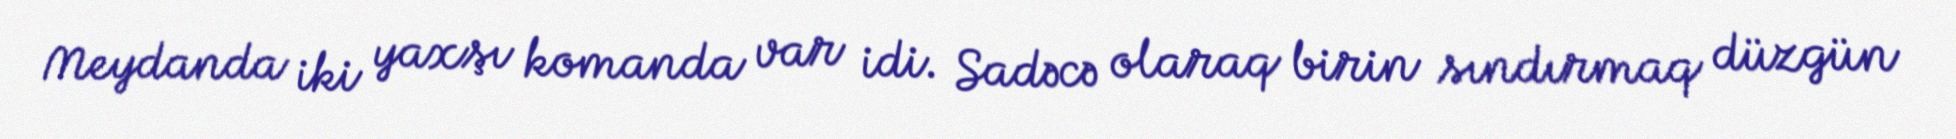
Meydanda iki yaxşı komanda var idi. Sadəcə olaraq birin sındırmaq düzgün